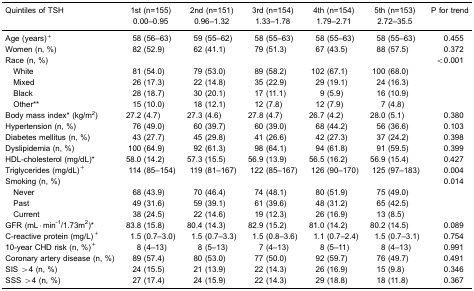
<table><thead><tr><td><b>Quintiles of TSH</b></td><td><b>1st (n=155)</b></td><td><b>2nd (n=151)</b></td><td><b>3rd (n=154)</b></td><td><b>4th (n=154)</b></td><td><b>5th (n=153)</b></td><td><b>P for trend</b></td></tr><tr><td></td><td><b>0.00–0.95</b></td><td><b>0.96–1.32</b></td><td><b>1.33–1.78</b></td><td><b>1.79–2.71</b></td><td><b>2.72–35.5</b></td><td></td></tr></thead><tbody><tr><td>Age (years)<sup>+</sup></td><td>58 (56–63)</td><td>59 (55–62)</td><td>58 (55–63)</td><td>58 (55–63)</td><td>58 (55–63)</td><td>0.455</td></tr><tr><td>Women (n, %)</td><td>82 (52.9)</td><td>62 (41.1)</td><td>79 (51.3)</td><td>67 (43.5)</td><td>88 (57.5)</td><td>0.372</td></tr><tr><td colspan="6">Race (n, %)</td><td>&lt;0.001</td></tr><tr><td>White</td><td>81 (54.0)</td><td>79 (53.0)</td><td>89 (58.2)</td><td>102 (67.1)</td><td>100 (68.0)</td><td></td></tr><tr><td>Mixed</td><td>26 (17.3)</td><td>22 (14.8)</td><td>35 (22.9)</td><td>29 (19.1)</td><td>24 (16.3)</td><td></td></tr><tr><td>Black</td><td>28 (18.7)</td><td>30 (20.1)</td><td>17 (11.1)</td><td>9 (5.9)</td><td>16 (10.9)</td><td></td></tr><tr><td>Other**</td><td>15 (10.0)</td><td>18 (12.1)</td><td>12 (7.8)</td><td>12 (7.9)</td><td>7 (4.8)</td><td></td></tr><tr><td>Body mass index* (kg/m<sup>2</sup>)</td><td>27.2 (4.7)</td><td>27.3 (4.6)</td><td>27.8 (4.7)</td><td>26.7 (4.2)</td><td>28.0 (5.1)</td><td>0.380</td></tr><tr><td>Hypertension (n, %)</td><td>76 (49.0)</td><td>60 (39.7)</td><td>60 (39.0)</td><td>68 (44.2)</td><td>56 (36.6)</td><td>0.103</td></tr><tr><td>Diabetes mellitus (n, %)</td><td>43 (27.7)</td><td>45 (29.8)</td><td>41 (26.6)</td><td>42 (27.3)</td><td>37 (24.2)</td><td>0.398</td></tr><tr><td>Dyslipidemia (n, %)</td><td>100 (64.9)</td><td>92 (61.3)</td><td>98 (64.1)</td><td>94 (61.8)</td><td>91 (59.5)</td><td>0.399</td></tr><tr><td>HDL-cholesterol (mg/dL)*</td><td>58.0 (14.2)</td><td>57.3 (15.5)</td><td>56.9 (13.9)</td><td>56.5 (16.2)</td><td>56.9 (15.4)</td><td>0.427</td></tr><tr><td>Triglycerides (mg/dL)<sup>+</sup></td><td>114 (85–154)</td><td>119 (81–167)</td><td>122 (85–167)</td><td>126 (90–170)</td><td>125 (97–183)</td><td>0.004</td></tr><tr><td colspan="6">Smoking (n, %)</td><td>0.014</td></tr><tr><td>Never</td><td>68 (43.9)</td><td>70 (46.4)</td><td>74 (48.1)</td><td>80 (51.9)</td><td>75 (49.0)</td><td></td></tr><tr><td>Past</td><td>49 (31.6)</td><td>59 (39.1)</td><td>61 (39.6)</td><td>48 (31.2)</td><td>65 (42.5)</td><td></td></tr><tr><td>Current</td><td>38 (24.5)</td><td>22 (14.6)</td><td>19 (12.3)</td><td>26 (16.9)</td><td>13 (8.5)</td><td></td></tr><tr><td>GFR (mL·min<sup>-1</sup>/1.73m<sup>2</sup>)*</td><td>83.8 (15.8)</td><td>80.4 (14.3)</td><td>82.9 (15.2)</td><td>81.0 (14.2)</td><td>80.2 (14.5)</td><td>0.089</td></tr><tr><td>C-reactive protein (mg/L)<sup>+</sup></td><td>1.5 (0.7–3.0)</td><td>1.5 (0.7–3.3)</td><td>1.5 (0.8–3.6)</td><td>1.1 (0.7–2.4)</td><td>1.5 (0.7–3.1)</td><td>0.754</td></tr><tr><td>10-year CHD risk (n, %)<sup>+</sup></td><td>8 (4–13)</td><td>8 (5–13)</td><td>7 (4–13)</td><td>8 (5–11)</td><td>8 (4–13)</td><td>0.991</td></tr><tr><td>Coronary artery disease (n, %)</td><td>89 (57.4)</td><td>80 (53.0)</td><td>77 (50.0)</td><td>92 (59.7)</td><td>76 (49.7)</td><td>0.491</td></tr><tr><td>SIS &gt;4 (n, %)</td><td>24 (15.5)</td><td>21 (13.9)</td><td>22 (14.3)</td><td>26 (16.9)</td><td>15 (9.8)</td><td>0.346</td></tr><tr><td>SSS &gt;4 (n, %)</td><td>27 (17.4)</td><td>24 (15.9)</td><td>22 (14.3)</td><td>29 (18.8)</td><td>18 (11.8)</td><td>0.367</td></tr></tbody></table>